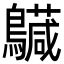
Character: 𪇅